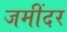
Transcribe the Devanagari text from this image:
जमींदर